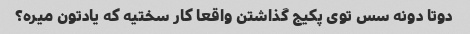
دوتا دونه سس توی پکیج گذاشتن واقعا کار سختیه که یادتون میره؟